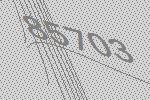
85703